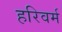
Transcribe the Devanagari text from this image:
हरिवर्म